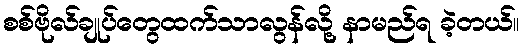
စစ်ဗိုလ်ချုပ်တွေထက်သာလွန်လို့ နာမည်ရ ခဲ့တယ်။